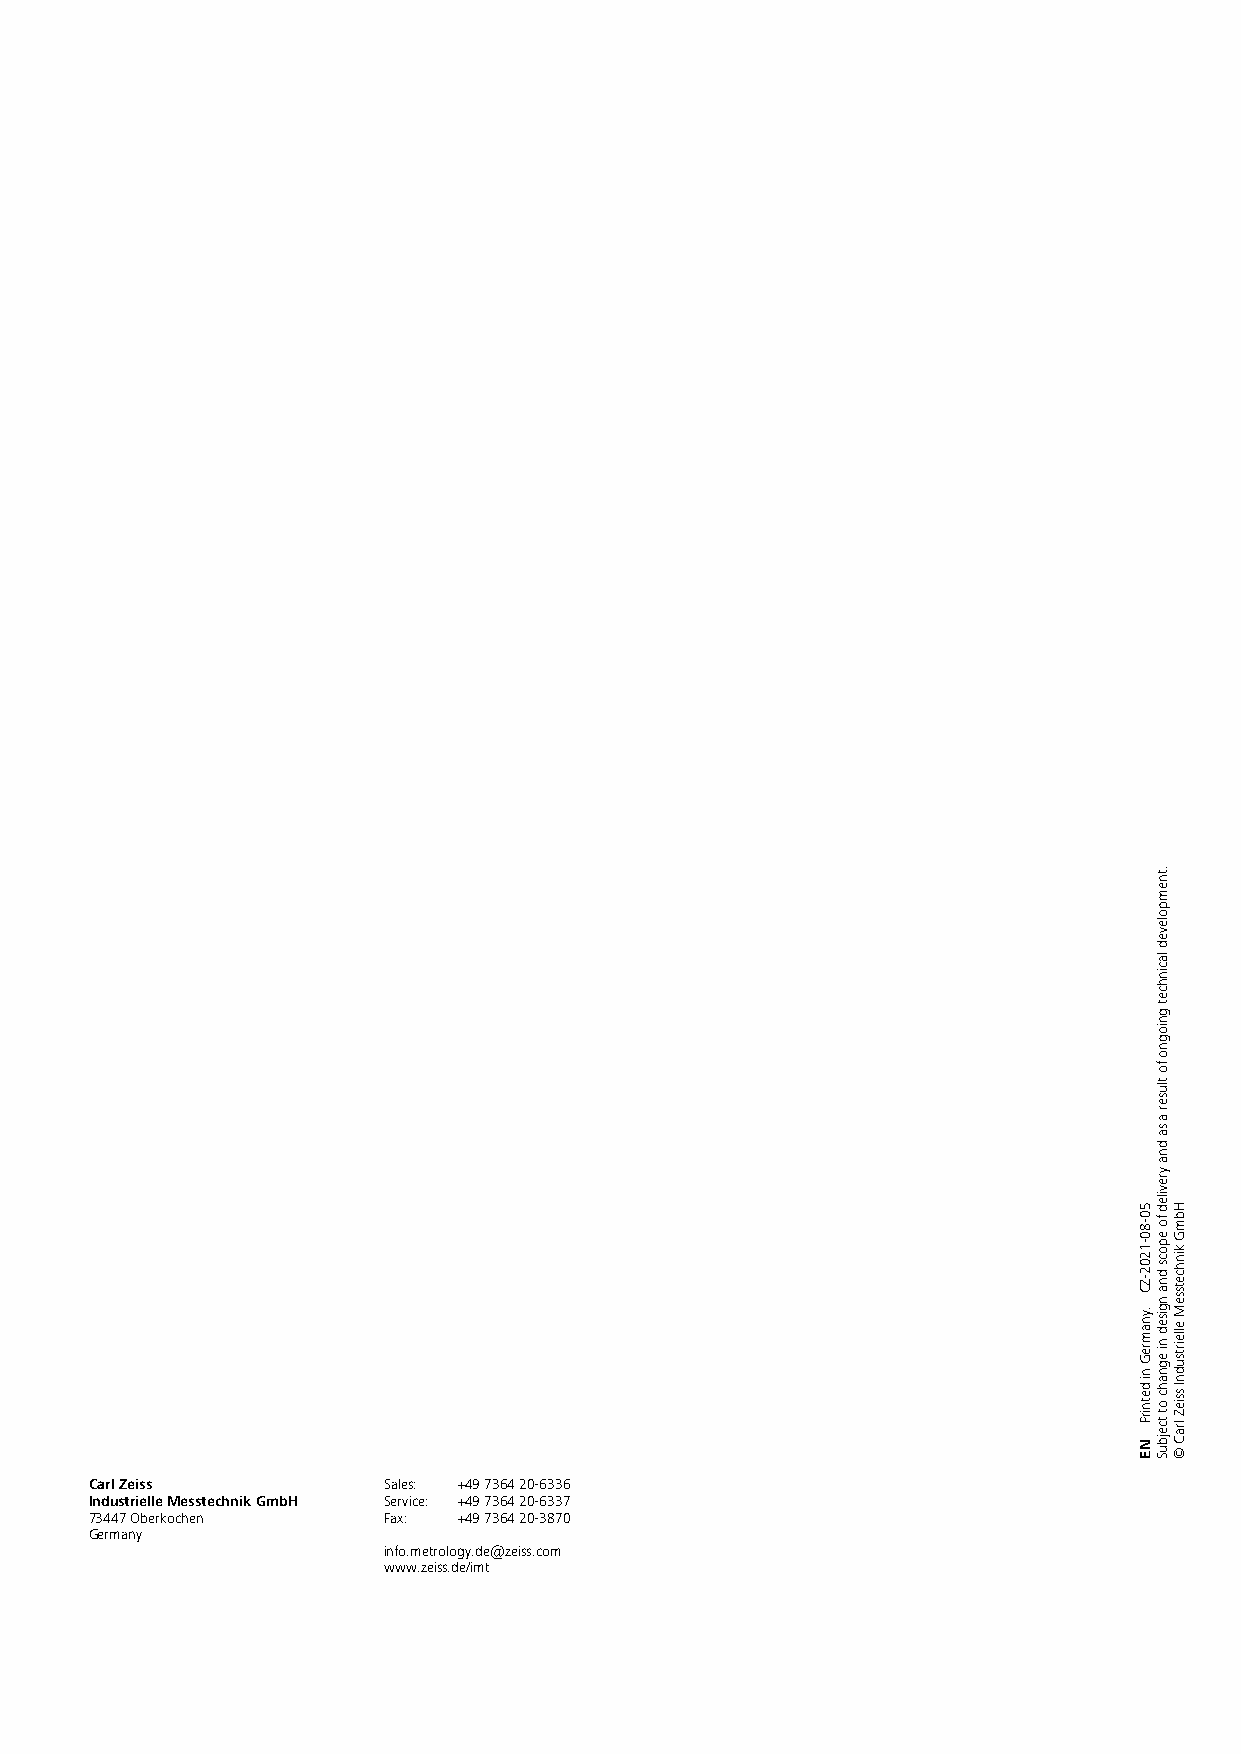
Carl Zeiss         Sales: +49 7364 20-6336
 Industrielle Messtechnik GmbH Service: +49 7364 20-6337
 73447 Oberkochen   Fax: +49 7364 20-3870
 Germany
 info.metrology.de@zeiss.com
 www.zeiss.de/imt
 50-80-1202-ZC
 .ynamreG
 ni
 detnirP
 NE
 .tnempoleved
 lacinhcet
 gniogno
 fo
 tluser
 a
 sa
 dna
 yreviled
 fo
 epocs
 dna
 ngised
 ni
 egnahc
 ot
 tcejbuS
 HbmG
 kinhcetsseM
 elleirtsudnI
 ssieZ
 lraC
 ©